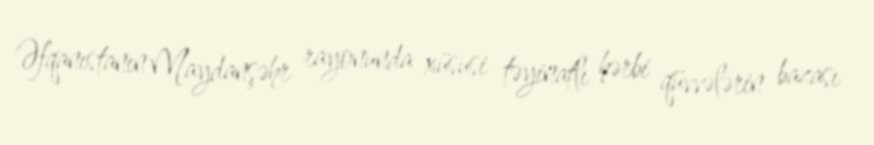
Əfqanıstanın Maydanşəhr rayonunda xüsusi təyinatlı hərbi qüvvələrin bazası